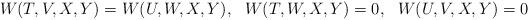
LaTeX: \begin{align*}W(T,V,X,Y)=W(U,W,X,Y), \ \ W(T,W,X,Y)=0, \ \ W(U,V,X,Y)=0\end{align*}